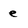
Character: e